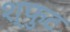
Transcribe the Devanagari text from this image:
श्फुट